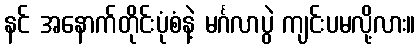
နင် အနောက်တိုင်းပုံစံနဲ့ မင်္ဂလာပွဲ ကျင်းပမလို့လား။